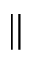
\Vert